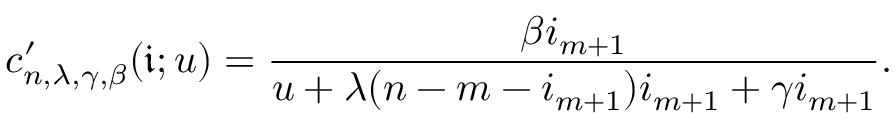
c _ { n , \lambda , \gamma , \beta } ^ { \prime } ( \mathfrak { i } ; u ) = \frac { \beta i _ { m + 1 } } { u + \lambda ( n - m - i _ { m + 1 } ) i _ { m + 1 } + \gamma i _ { m + 1 } } .